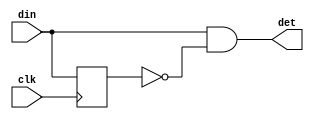
`timescale 1ns / 1ps

module POS_EDGE_DETCTOR(
input din,clk,
output det);
reg signal;
always@(posedge clk)
begin
signal<=din;
end
assign det = din & (~signal);
endmodule